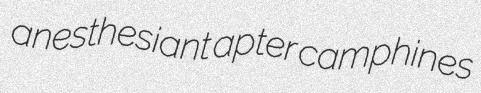
anesthesiant apter camphines